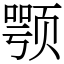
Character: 颚